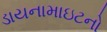
ડાયનામાઇટનો